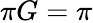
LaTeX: \pi G=\pi